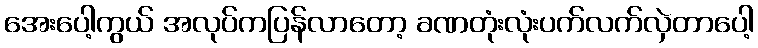
အေးပေါ့ကွယ် အလုပ်ကပြန်လာတော့ ခဏတုံးလုံးပက်လက်လှဲတာပေါ့